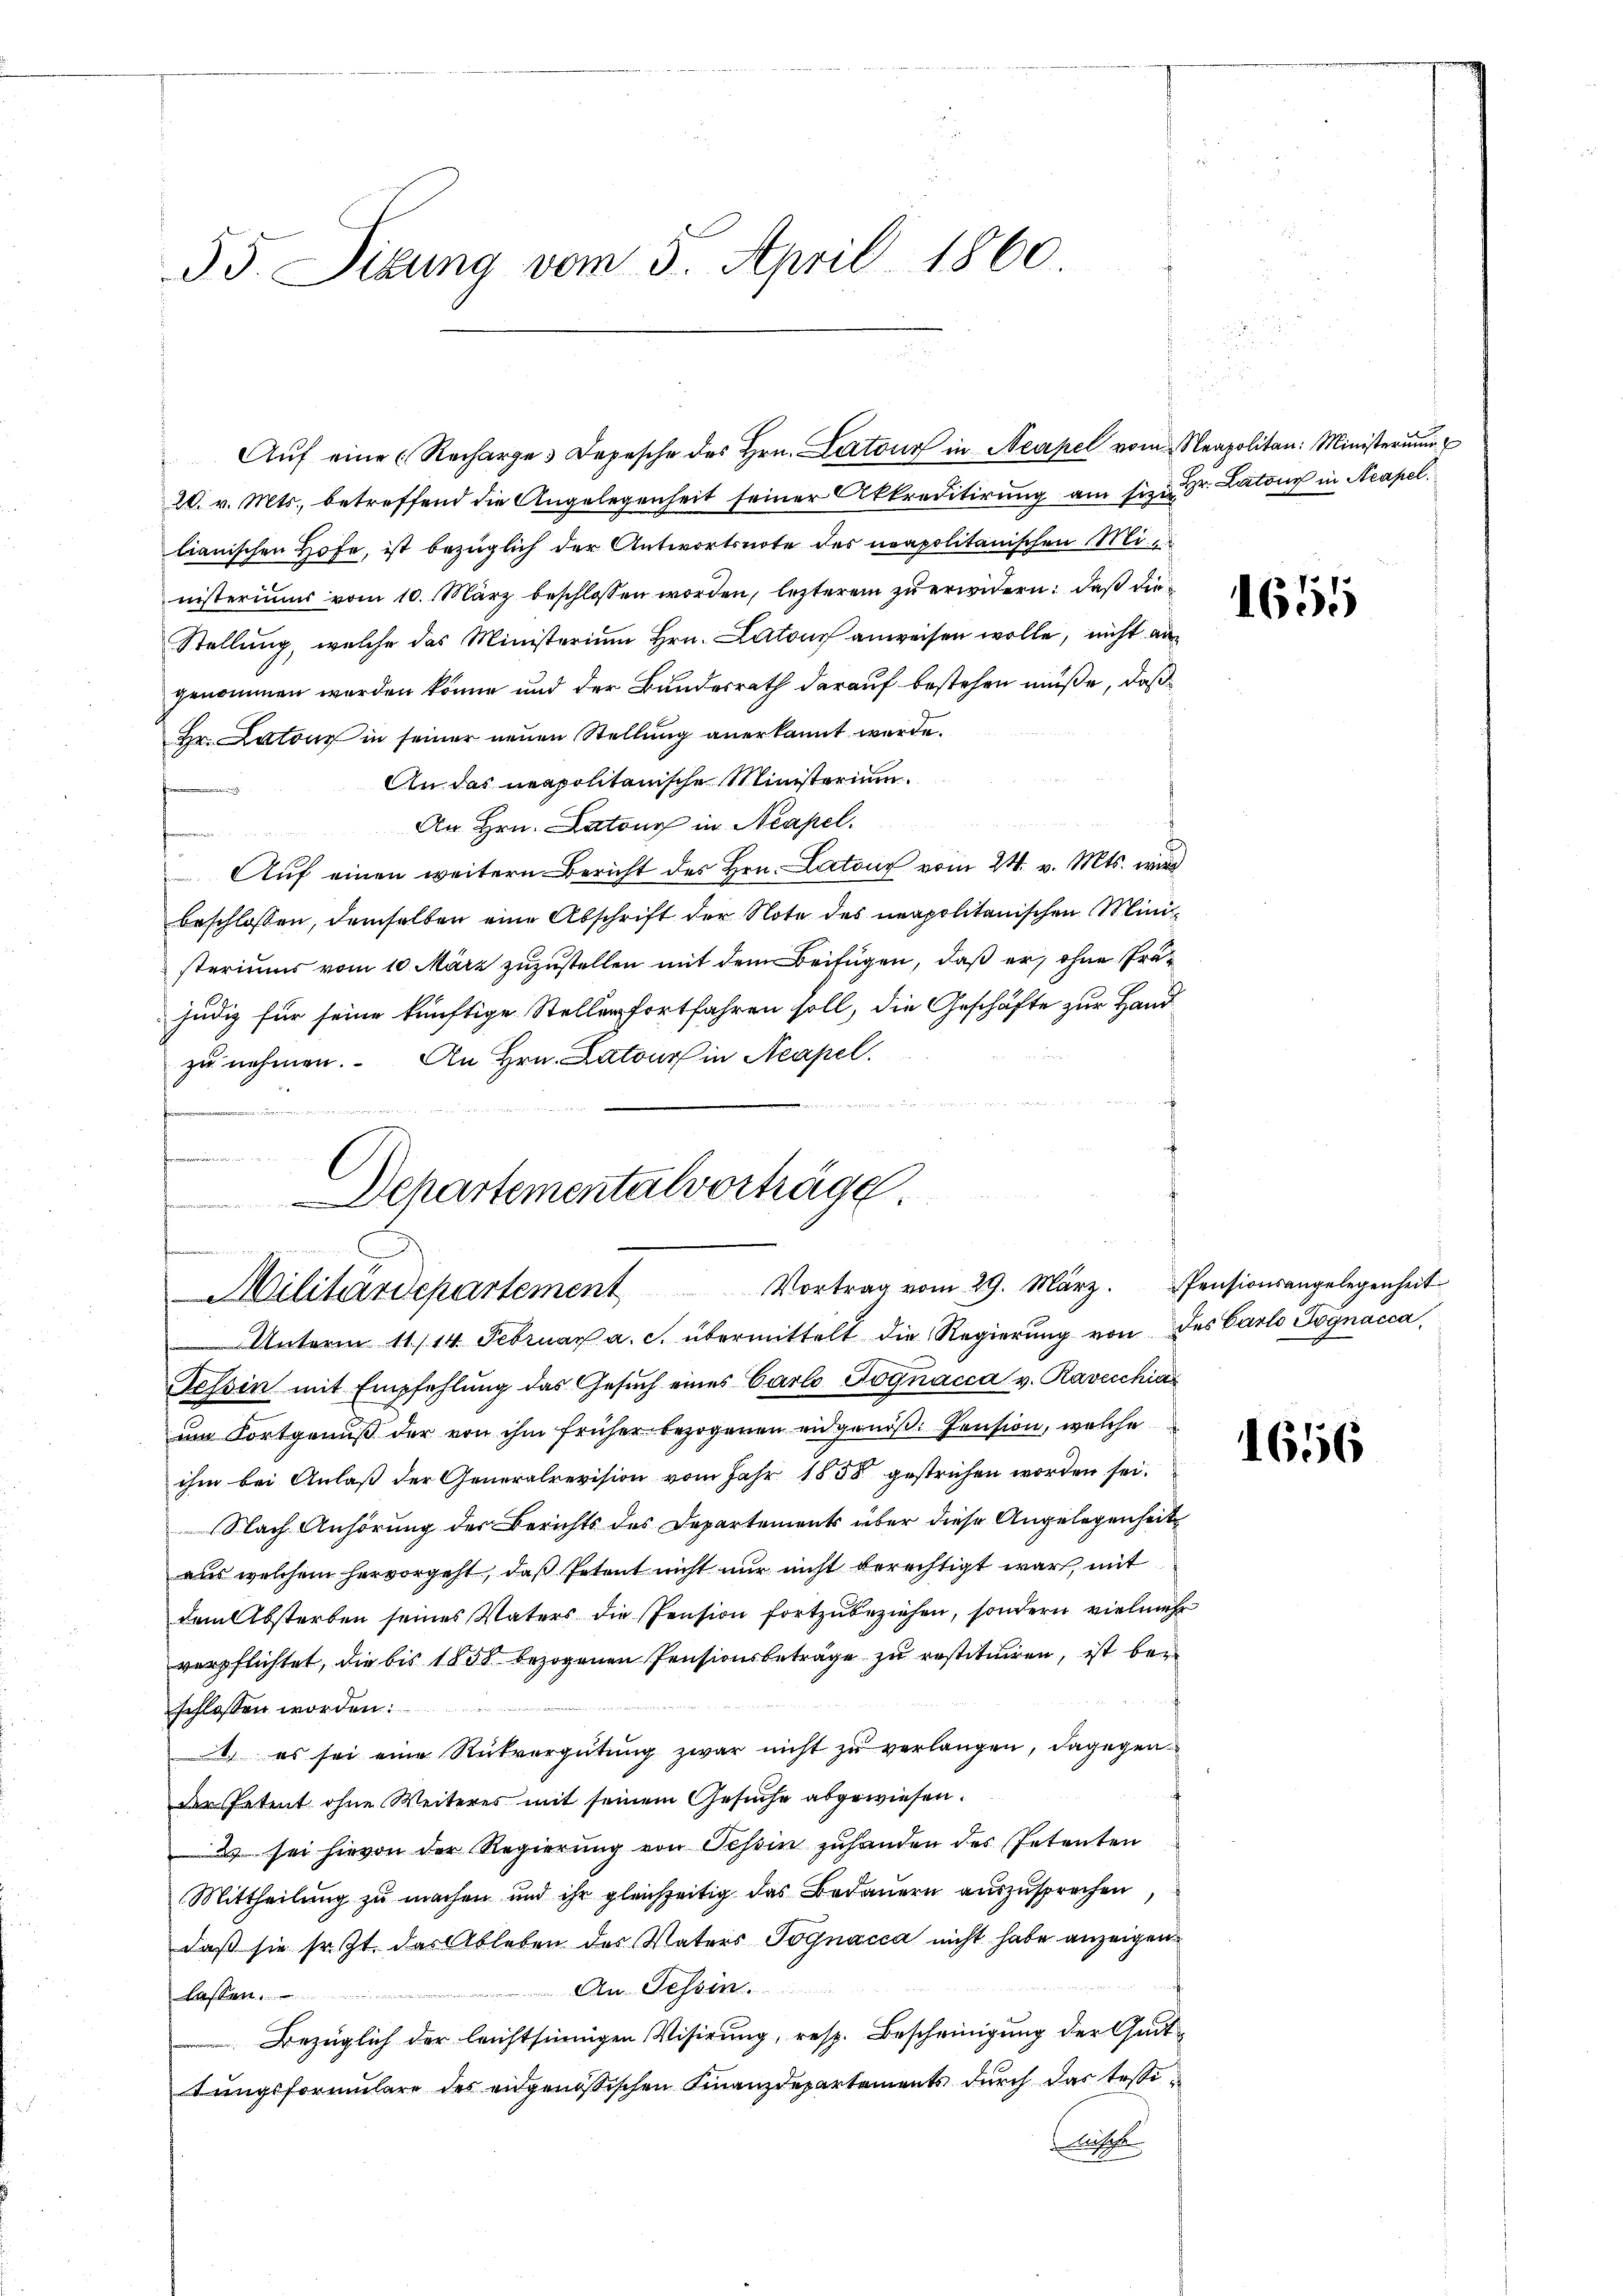
53. Situng vom 5. April 1860

20. v. Mts., betreffend die Angelegenheit seiner Akkreditirung am sie in Dr. Latone in Neapel
lianischen Hofe, ist bezüglich der Antwortsnote des neapolitanischen Ministeriums vom 10. März beschlossen worden, letzterem zu erwidern: daß die
Stellung, welche das Ministerium Hrn. Latour anweisen wolle, nicht au
genommen werden könne und der Bundesrath darauf bestehen müße, daß
Hr. Latons in seiner neuen Stellung anerkannt werde.
An das neapolitanische Ministerium
u
An Hrn. Natone in Neapel.
t
Aŭf einen weitern Bericht des Hrn. Latons vom 24. v. Mts. wird
beschlossen, demselben eine Abschrift der Note des neapolitanischen Ministeriums vom 10. März zuzustellen mit dem Beifügen, daß er, ohne Präjudiz für seine künftige Stellen fortfahren soll, die Geschäfte zur Handzu nehmen. An Hrn. Latour in Neapel.
Einrichteten wolle wiedenen
e
Inmannamen in e

Tessin mit Empfehlung das Gesŭch eines Carlo Tognacca v. Raveschia
um Fortgenuß der von ihm früher bezogenen eidgenöß: Pension, welche
ihm bei Anlaß der Generalrevision vom Jahr 1858 gestrichen worden sei.
Nach Anhörung der Berichts des Departements über diese Angelegenheit
aus welchem hervorgeht, daß Petent nicht nur nicht berechtigt war, mit
dem Absterben seines Vaters die Pension fortzŭbeziehen, sondern vielmehr
verpflichtet, die bis 1858 bezogenen Pensionsbeträge zu restituiren, ist ber
schlossen worden.
. es sei eine Rückvergütung zwar nicht zu verlangen, dagegen
der Petent ohne Weiteres mit seinem Gesuche abgewiesen.
2 sei hievon der Regierung von Tessin zuhanden des Petenten
Mittheilung zu machen und ihr gleichzeitig das Bedauern auszusprechen,
daß sie sr. Zt. das Ableben des Vaters Tognacca nicht habe anzeigen
An Tessin.
Kassen
Bezüglich der leichtsinnigen Visirung, resp. Bescheinigung der Quittungsformulare des eidgenössischen Finanzdepartements durch das Tessi¬
Fische

Aŭf eine Recharge Depesche des Hrn. Latone in Neapel vom Neapolitan: Ministeriŭm

Departementalvorträge.
ee zu de
Militärdepartement Vortrag vom 29. März. Pensionsangelegenheit
Unterm 11./14. Februar a. c. übermittelt die Regierung von des Carlo Tognacca,

1651

1656